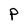
Character: P